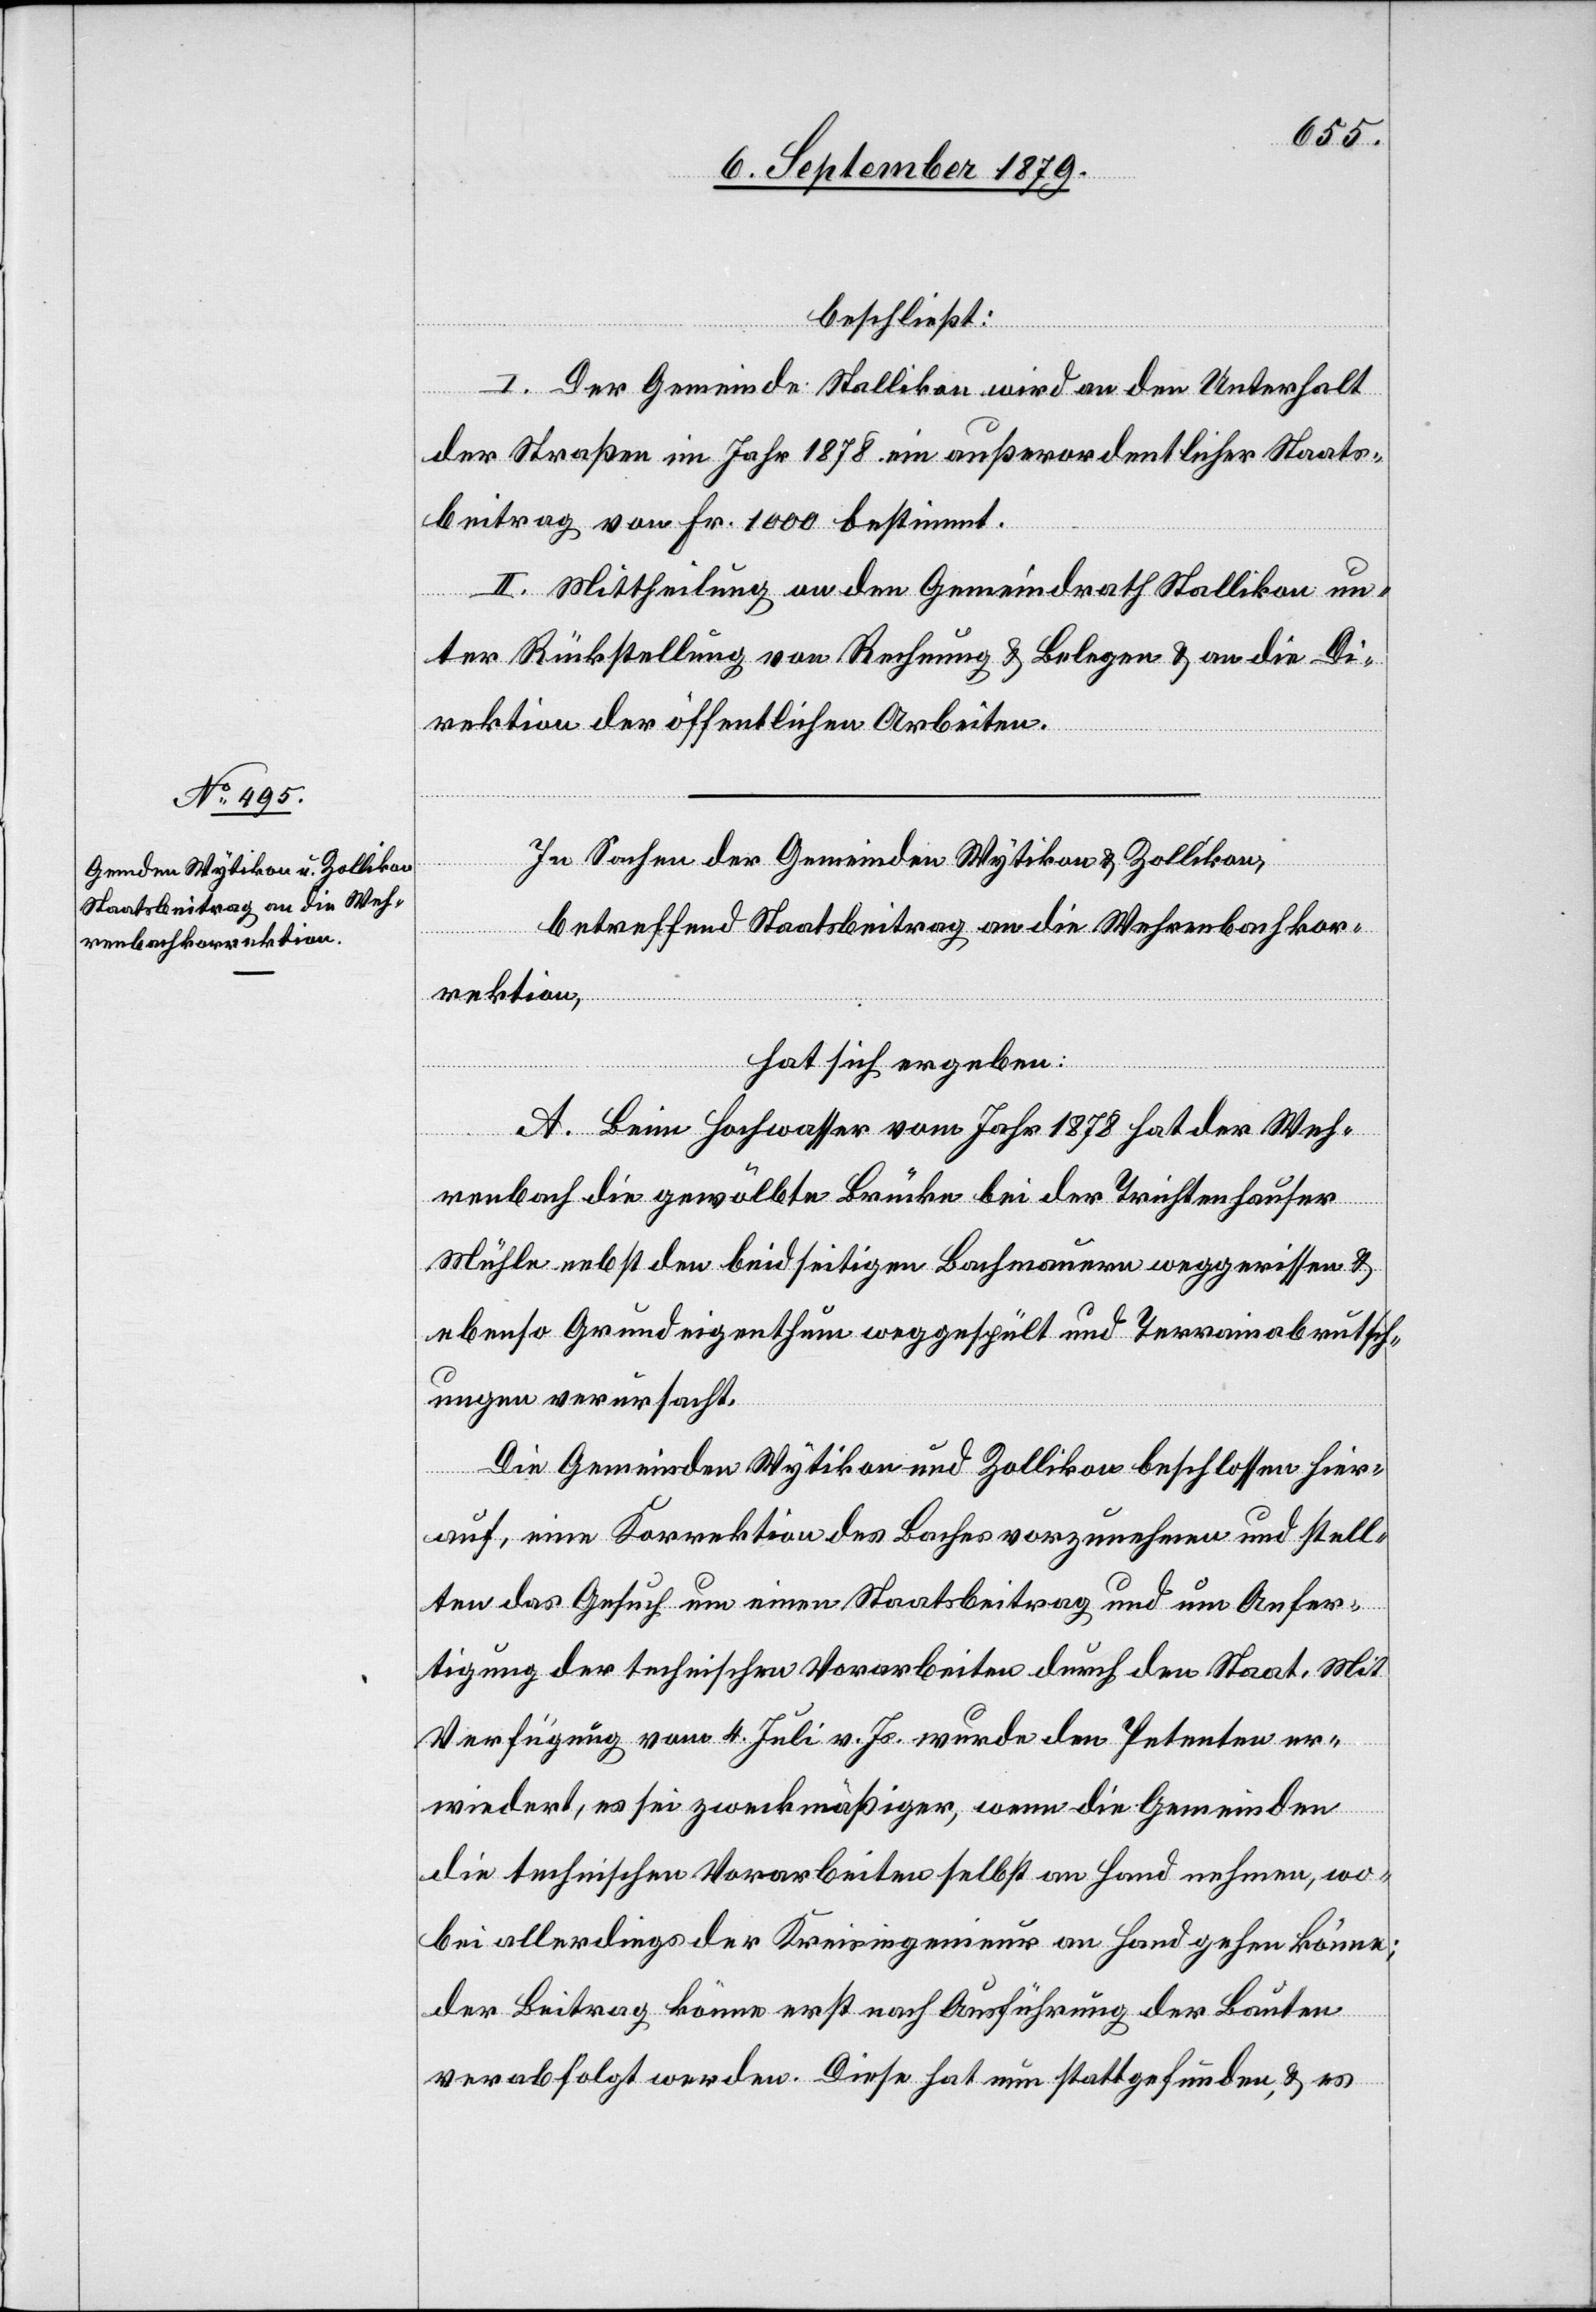
beschließt:
I. Der Gemeinde Stallikon wird an den Unterhalt
der Straßen im Jahr 1878 ein außerordentlicher Staats¬
beitrag von Fr. 1000 bestimmt.
II. Mittheilung an den Gemeindrath Stallikon un¬
ter Rückstellung von Rechnung & Belegen & an die Di¬
rektion der öffentlichen Arbeiten.
In Sachen der Gemeinden Wytikon & Zollikon,
betreffend Staatsbeitrag an die Wehrbachkor¬
rektion,
hat sich ergeben:
A. Beim Hochwasser vom Jahr 1878 hat der Weh¬
renbach die gewölbte Brücke bei der Trichtenhauser
Mühle nebst den beidseitigen Bachmauern weggerrissen &
ebenso Grundeigenthum weggespült und Terrainabrutsch¬
ungen verursacht.
Die Gemeinden Wytikon und Zollikon beschlossen hier¬
auf, eine Korrektion des Baches vorzunehmen und stell¬
ten das Gesuch um einen Staatsbeitrag und um Anfer¬
tigung der technischen Vorarbeiten durch den Staat. Mit
Verfügung vom 4. Juli v. Js. wurde den Petenten er¬
wiedert, es sei zweckmäßiger, wenn die Gemeinden
die technischen Vorarbeiten selbst an Hand nehmen, wo¬
bei allerdings der Kreisingenieur an Hand gehen könne;
der Beitrag könne erst nach Ausführung der Bauten
verabfolgt werden. Diese hat nun stattgefunden & es